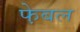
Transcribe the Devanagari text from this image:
फे़बल